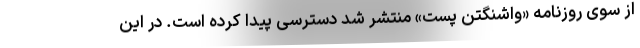
از سوی روزنامه «واشنگتن پست» منتشر شد دسترسی پیدا کرده است. در این